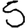
Digit: 5